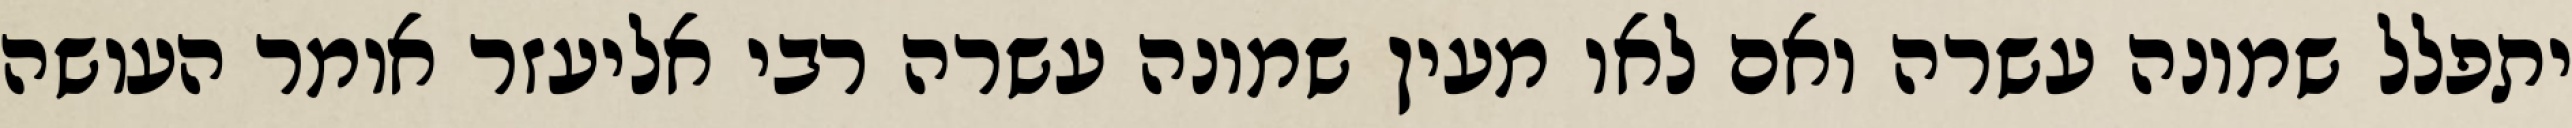
יתפלל שמונה עשרה ואם לאו מעין שמונה עשרה רבי אליעזר אומר העושה